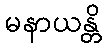
မနာယန္တိ